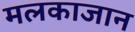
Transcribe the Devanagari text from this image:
मलकाजान